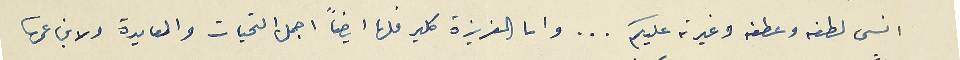
انسى لطفه وعطفه وغيرته عليكم ... واما العزيزة كلير فلها ايضاً اجمل التحيات والمعايدة ولابن عمها